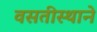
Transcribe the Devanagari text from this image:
वसतीस्थाने